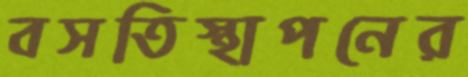
বসতিস্থাপনের